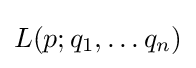
L(p;q_{1},\ldots q_{n})